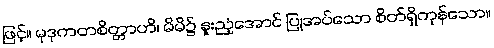
ဖြင့်။ မုဒုကတစိတ္တာဟိ၊ မိမိ၌ နူးညံ့အောင် ပြုအပ်သော စိတ်ရှိကုန်သော။